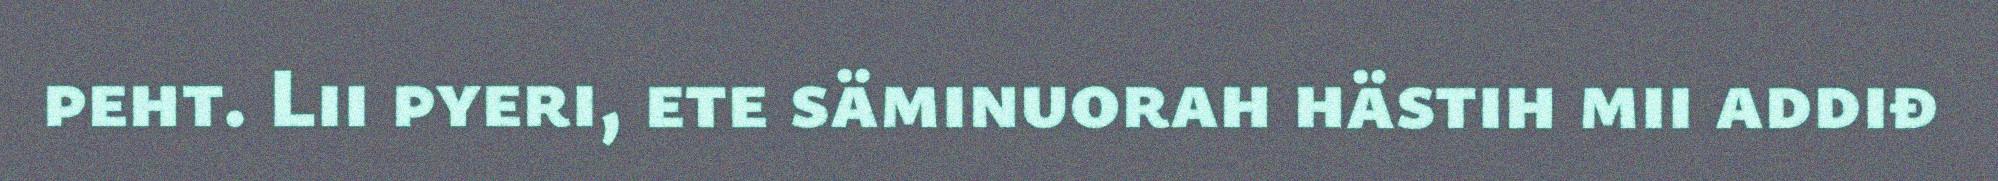
peht. Lii pyeri, ete säminuorah hästih mii addiđ